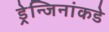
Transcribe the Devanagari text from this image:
ड्रेन्जिनांकडे